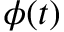
\phi ( t )